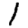
Digit: 1